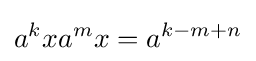
a^{k}xa^{m}x=a^{k-m+n}